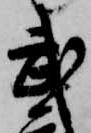
武